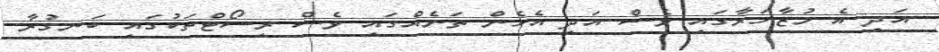
އަދި އެ މުޒާހަރާގައި ވެސް އަދި އެހެން ތަނެއްގައި ވެސް ރިސޯޓްތަކުގައި ބަނގުރާ